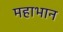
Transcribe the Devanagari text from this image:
महाभान